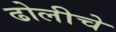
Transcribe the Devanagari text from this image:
ढोलीचे